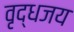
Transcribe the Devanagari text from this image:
वृद्धजय